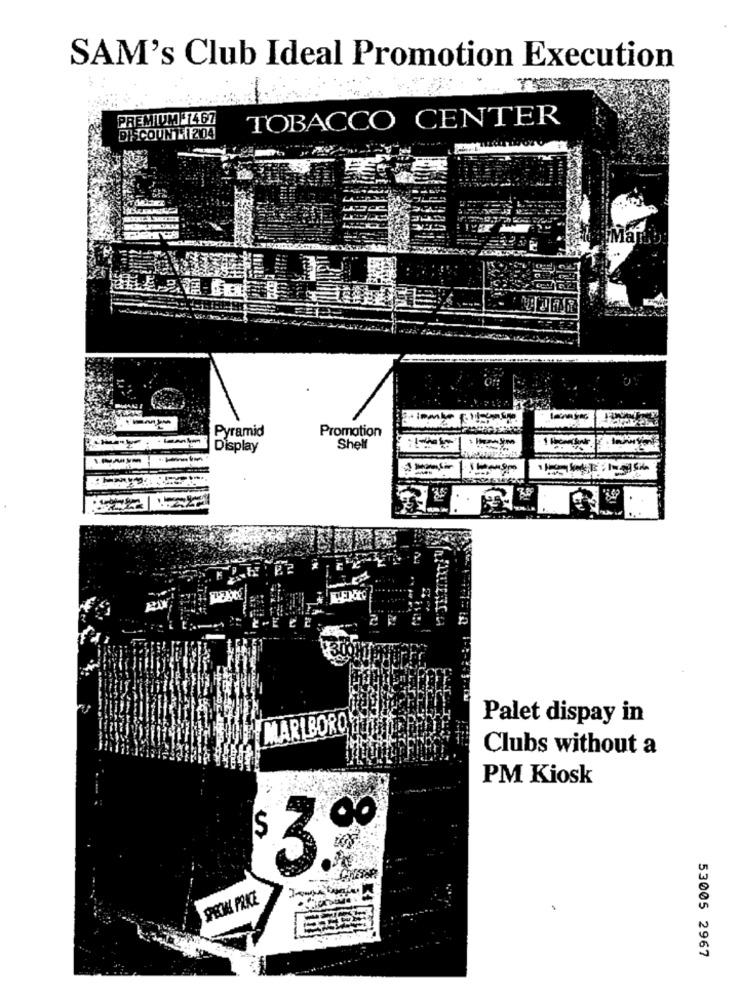
SAM's Club Ideal Promotion Execution
PREMIUM :1467
TOBACCO CENTER
DISCOUNT 1204
Mario
Pyramid
Promotion
Display
Shell
Palet dispay in
MARLBORO
Clubs without a
PM Kiosk
3.9
SPECIAL PRICE
53005 2967